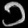
Digit: ၁